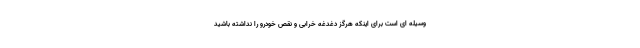
وسیله ای است برای اینکه هرگز دغدغه خرابی و نقص خودرو را نداشته باشید